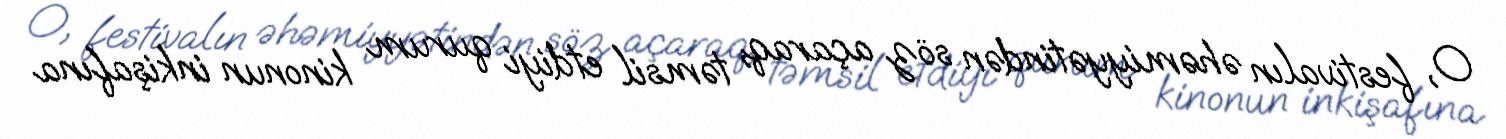
O, festivalın əhəmiyyətindən söz açaraq, təmsil etdiyi qurum kinonun inkişafına